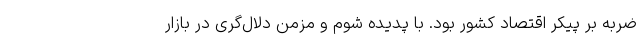
ضربه بر پیکر اقتصاد کشور بود. با پدیده شوم و مزمن دلال‌گری در بازار